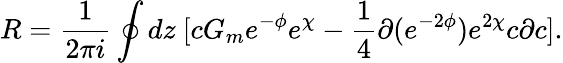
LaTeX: R=\frac{1}{2\pi i}\oint dz~[cG_{m}e^{-\phi}e^{\chi}-\frac{1}{4}\partial(e^{-2\phi})e^{2\chi}c\partial c].